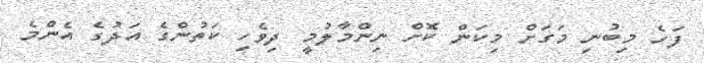
ފަހެ މިބުނި މަގަށް މިކަން ކޮށް ނިންމާލުމީ ދިވެހި ކަތުންގެ އަދުގެ އެންމެ